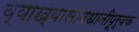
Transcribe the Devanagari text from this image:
व्याख्यासावधानीपूर्वक